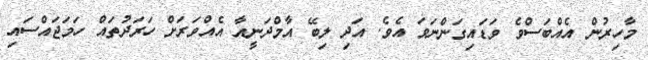
މާހިރުން އެއްބަސްވެ ވަޑައިގަންނަވަ އެވެ. އަދި ލިބޭ އާމްދަނީއާ އެއްވަރަށް ހަރަދުތައް ހަމަޖައްސައި